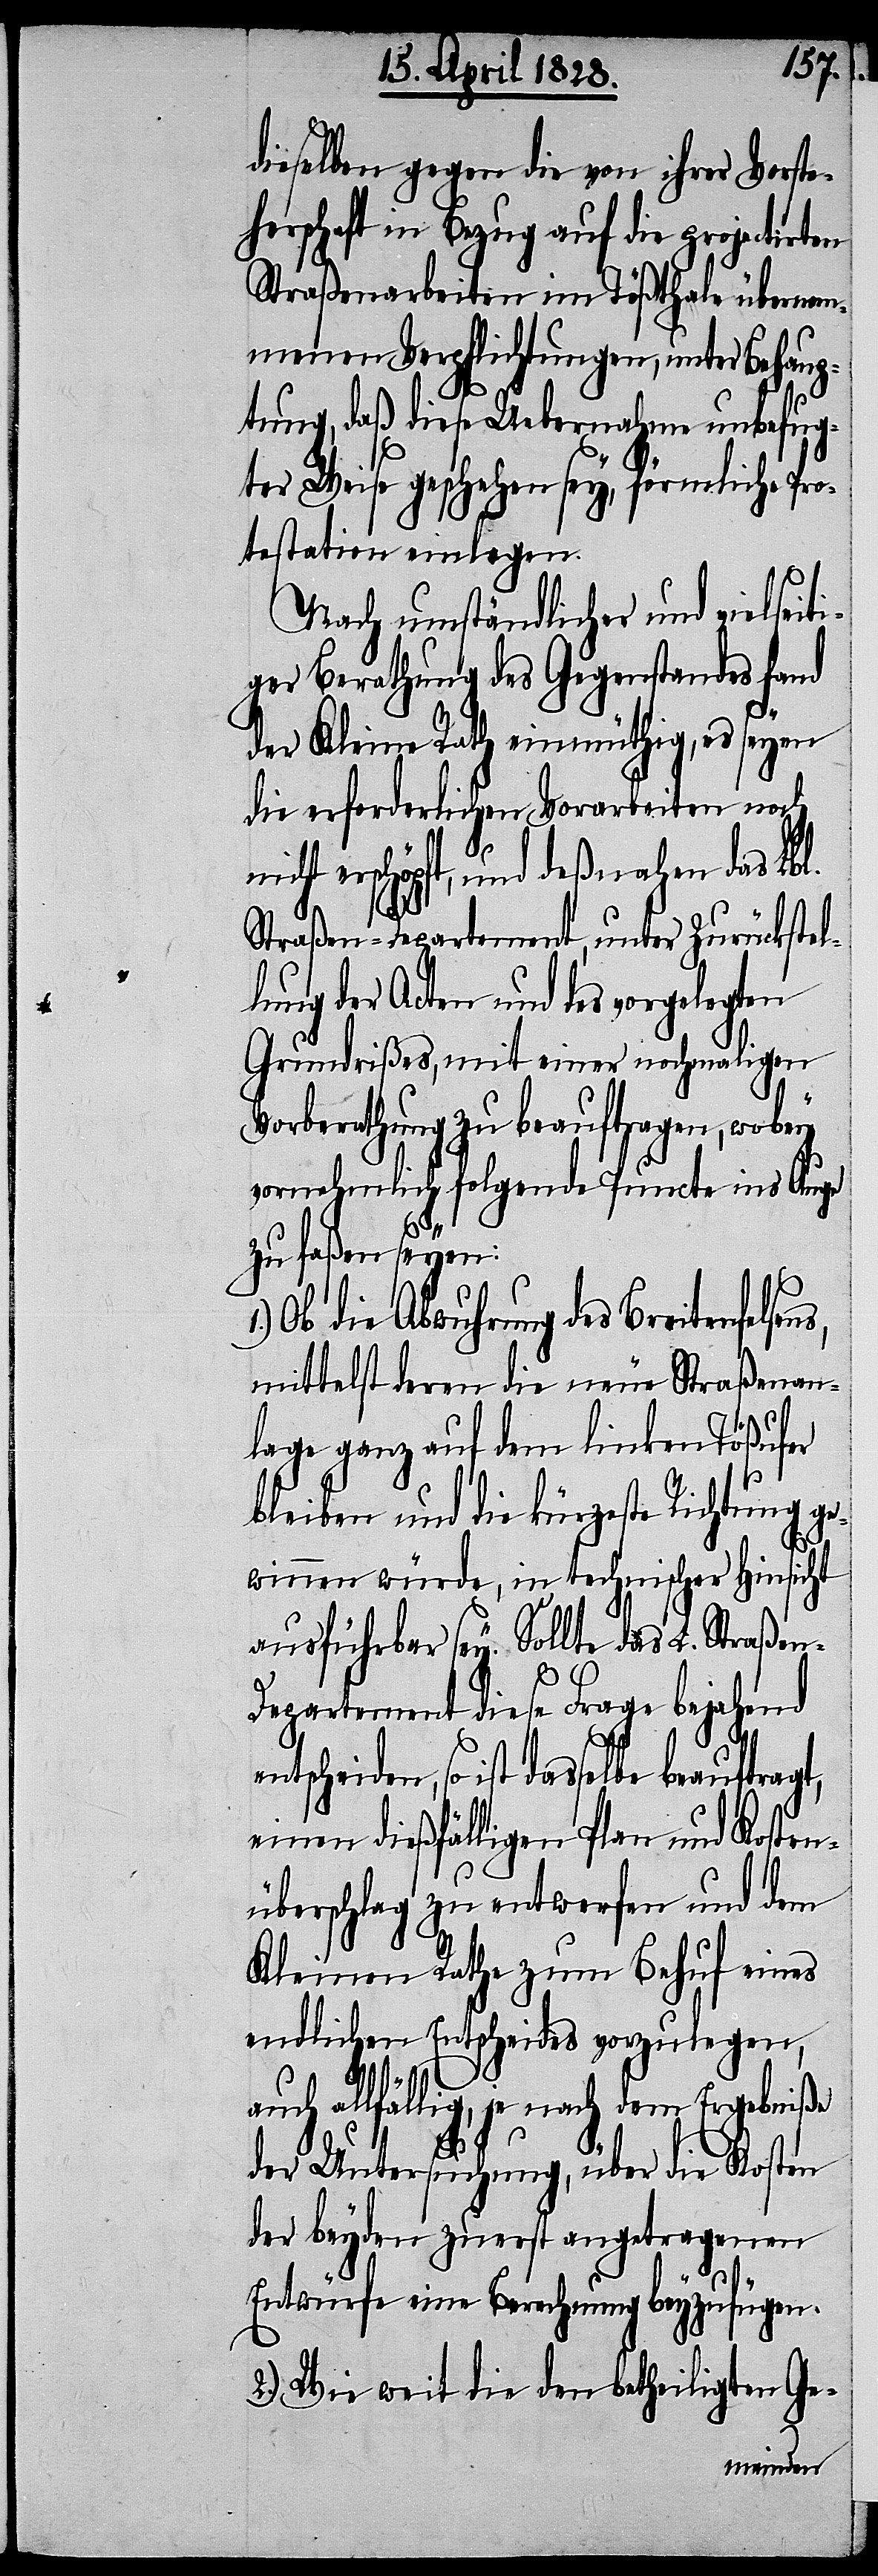
dieselben gegen die von ihrer Vorste¬
herschaft in Bezug auf die projectirten
Straßenarbeiten im Tößthale übernom¬
menen Verpflichtungen, unter Behaup¬
tung, daß diese Uebernahme unbefug¬
ter Weise geschehen sey, förmliche Pro¬
testation einlegen.
Nach umständlicher und vielseiti¬
ger Berathung des Gegenstandes fand
der Kleine Rath einmüthig, es seyen
die erforderlichen Vorarbeiten noch
erschöpft, und deßnahen das Lbl.
Straßen-Departement, unter Zurückstel¬
lung der Acten und des vorgelegten
Grundrißes, mit einer nochmaligen
Vorberathung zu beauftragen, wobey
vornehmlich folgende Puncte ins Auge
n-D¬
zu faßen seyen:
Ob die Abwuhrung des Breitenfelse¬
mittelst deren die neue Straßenan¬
lage ganz auf dem linken Tößufer
bleiben und die kürzeste Richtung ge¬
winnen würde, in technischer Hinsicht
ausführbar sey. Sollte das L. Straße¬
epartement diese Frage bejahend
so ist dasselbe beauftragt,
einen dießfälligen Plan und Kosten¬
überschlag zu entwerfen und dem
Kleinen Rathe zum Behuf eines
endlichen Entscheides vorzulegen,
auch allfällig, je nach dem Ergebniße
der Untersuchung, über die Kosten
der beyden zuerst angetragenen
Entwürfe eine Berechnung beyzufügen.
2.) Wie weit die den betheiligten Ge-